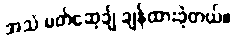
အသံ မတ်ဆေ့ချ် ချန်ထားခဲ့တယ်။